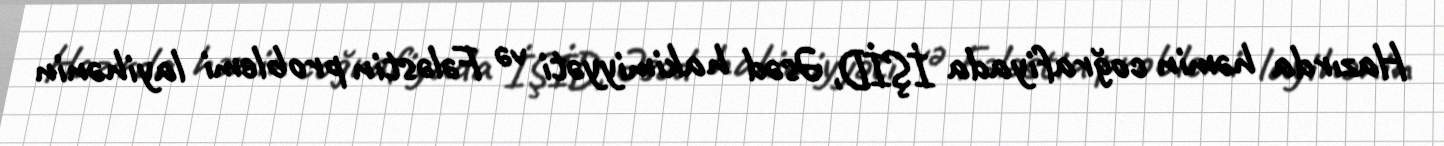
Hazırda həmin coğrafiyada İŞİD, Əsəd hakimiyyəti və Fələstin problemi layihənin